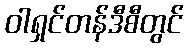
ဝါရှင်တန်ဒီစီတွင်